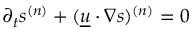
\partial _ { t } \ensuremath { s ^ { ( n ) } } + \ensuremath { ( \underline { { u } } \ensuremath { \boldsymbol { \cdot } } \nabla s ) ^ { ( n ) } } = 0